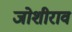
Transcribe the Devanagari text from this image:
जोशीराव